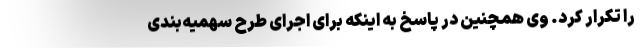
را تکرار کرد. وی همچنین در پاسخ به اینکه برای اجرای طرح سهمیه‌بندی